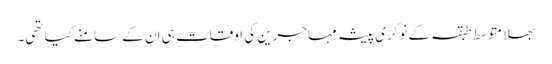
بھلا متوسط طبقہ کے نوکری پیشہ مہاجرین کی اوقات ہی ان کے سامنے کیا تھی۔